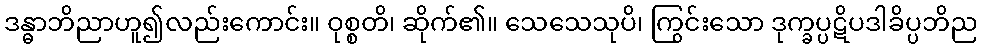
ဒန္ဓာဘိညာဟူ၍လည်းကောင်း။ ဝုစ္စတိ၊ ဆိုက်၏။ သေသေသုပိ၊ ကြွင်းသော ဒုက္ခပ္ပဋိပဒါခိပ္ပဘိည